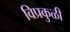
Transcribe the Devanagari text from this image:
विप्रकुळी